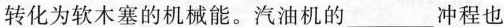
转化为软木塞的机械能。汽油机的___冲程也